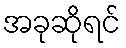
အခုဆိုရင်